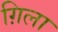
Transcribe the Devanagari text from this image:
ग़िला